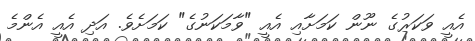
އެއީ ވަކަރުގެ ނޫން ކަމަށާއި އެއީ "ވާމަކަނުގެ" ކަމަށެވެ. އަދި އެއީ އެންމެ